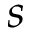
s